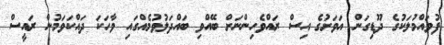
ފުވައްމުލަކުގެ ދޫޑިގަން އަވަށުގެ އިސް ރައްވެހިންނަށް ބޭއްވި ބައްދަލުވުމެއްގައި ވާހަކަ ދައްކަވަމުން ރައީސް